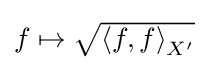
{\textstyle f\mapsto {\sqrt {\left\langle f,f\right\rangle _{X^{\prime }}}}}